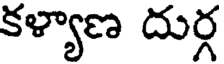
కళ్యాణ దుర్గ